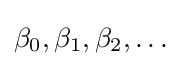
\beta _{0},\beta _{1},\beta _{2},\ldots